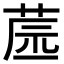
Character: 𦱯